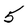
Character: 5